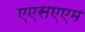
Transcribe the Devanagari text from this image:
एएसएएम